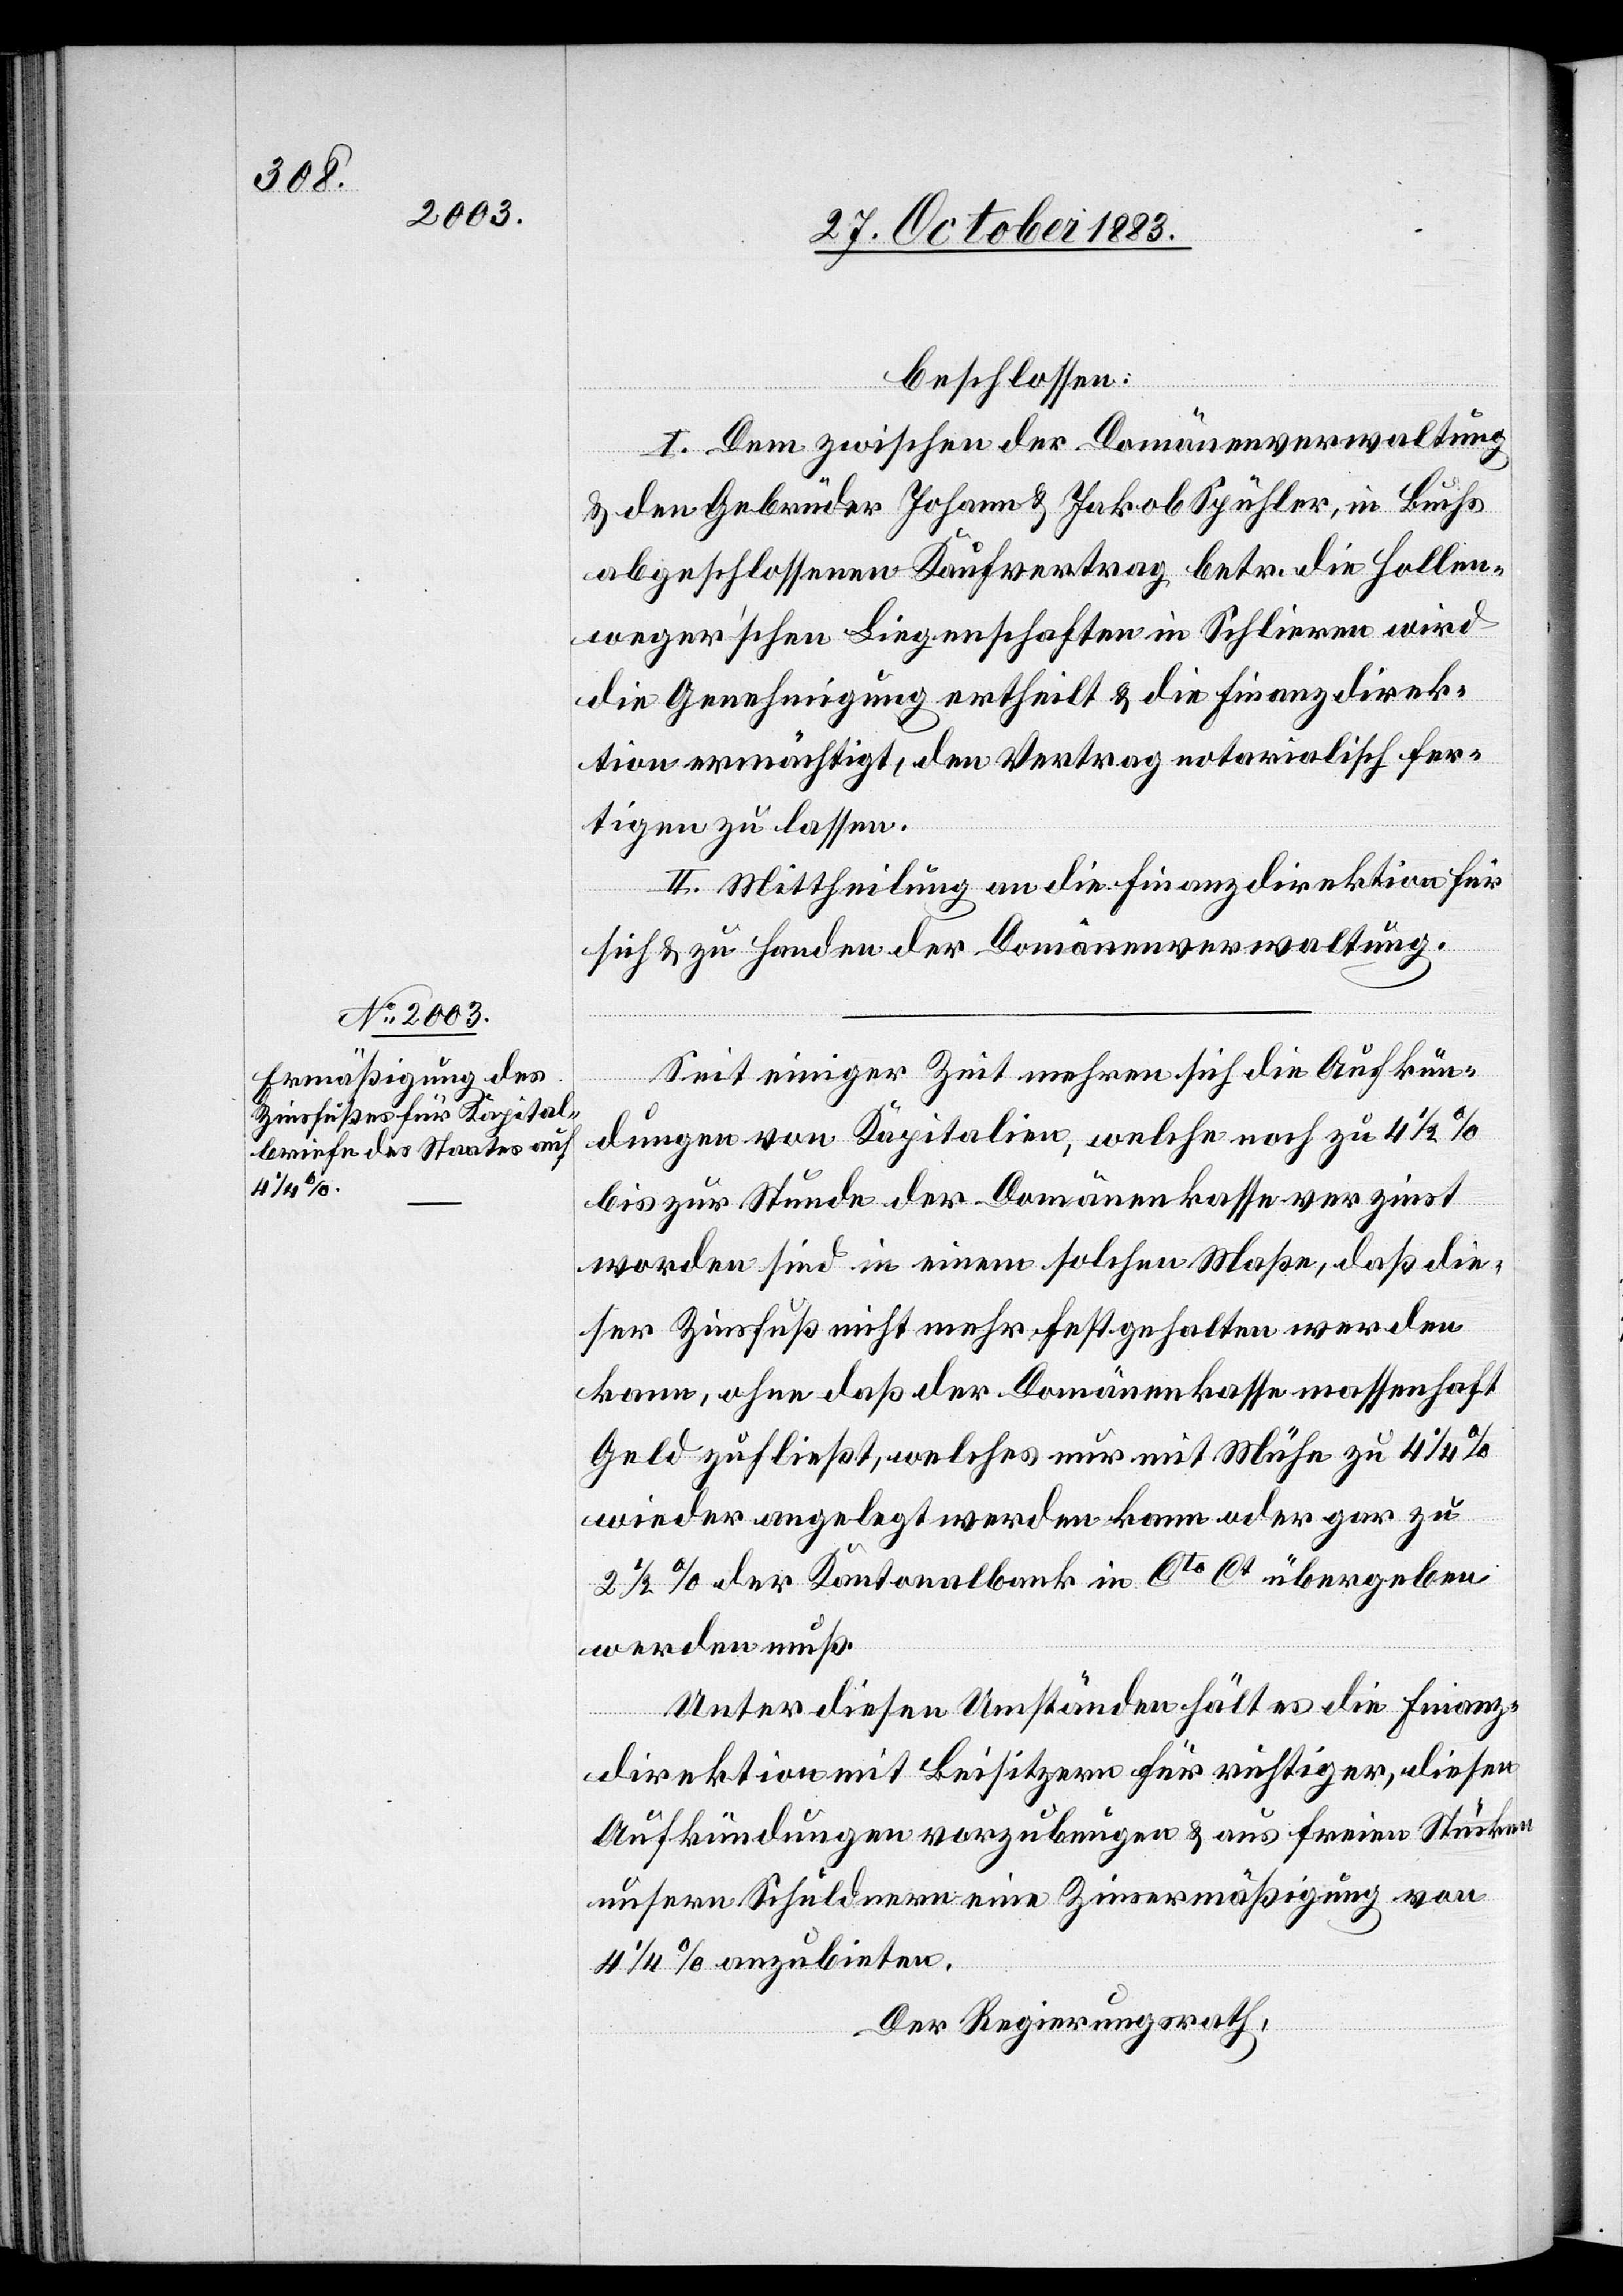
beschlossen:
I. Dem zwischen der Domänenverwaltung
& den Gebrüder Johann & Jakob Spühler, in Buchs
abgeschlossenen Kaufvertrag betr. die Hollen¬
sweger’schen Liegenschaften in Schlieren wird
die Genehmigung ertheilt & die Finanzdirek¬
tion ermächtigt, den Vertrag notarialisch fer¬
tigen zu lassen.
II. Mittheilung an die Finanzdirektion für
sich & zu Handen der Domänenverwaltung.
Seit einiger Zeit mehren sich die Ankün¬
digungen von Kapitalien, welche noch zu 4 1/2%
bis zur Stunde der Domänenkasse verzinst
worden sind in einem solchen Maße, daß die¬
ser Zinsfuß nicht mehr festgehalten werden
kann, ohne daß der Domänenkasse massenhaft
Geld zufließt, welches nur mit Mühe zu 4 1/4%
wieder angelegt werden kann oder gar zu
2 1/2% der Kantonalbank in Cto Ct übergeben
werden muß.
Unter diesen Umständen hält es die Finanz¬
direktion mit Beisitzern für richtiger, diesen
Aufkündungen vorzubeugen & aus freien Stücken
unsern Schuldnern eine Zinsermäßigung von
4 1/4% anzubieten.
Der Regierungsrath,